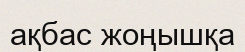
ақбас жоңышқа